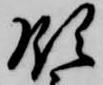
領